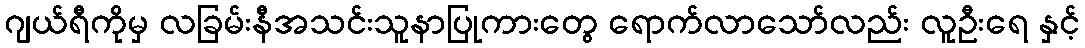
ဂျယ်ရီကိုမှ လခြမ်းနီအသင်းသူနာပြုကားတွေ ရောက်လာသော်လည်း လူဦးရေ နှင့်